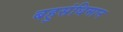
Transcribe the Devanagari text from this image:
बहुसंधिमान